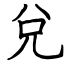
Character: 兌